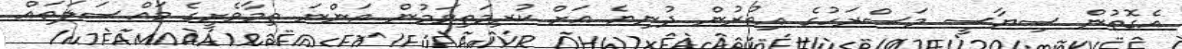
އެގޮތުން ސިޔާސީ މަސްރަހުގެ އިތުރުން ދުނިޔެ އަށް ކުރިމަތިވަމުން އަންނަ ތިމާވެށީގެ މައްސަލަތައް